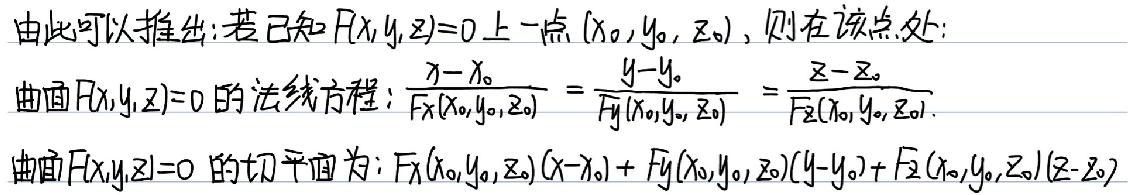
由此可以推出：若已知$F(x,y,z)=0$上一点$(x_0,y_0,z_0)$，则在该点处：
曲面$F(x,y,z)=0$的法线方程：$\frac{x - x_0}{F_x(x_0,y_0,z_0)} = \frac{y - y_0}{F_y(x_0,y_0,z_0)} = \frac{z - z_0}{F_z(x_0,y_0,z_0)}$.
曲面$F(x,y,z)=0$的切平面为：$F_x(x_0,y_0,z_0)(x - x_0) + F_y(x_0,y_0,z_0)(y - y_0) + F_z(x_0,y_0,z_0)(z - z_0)$